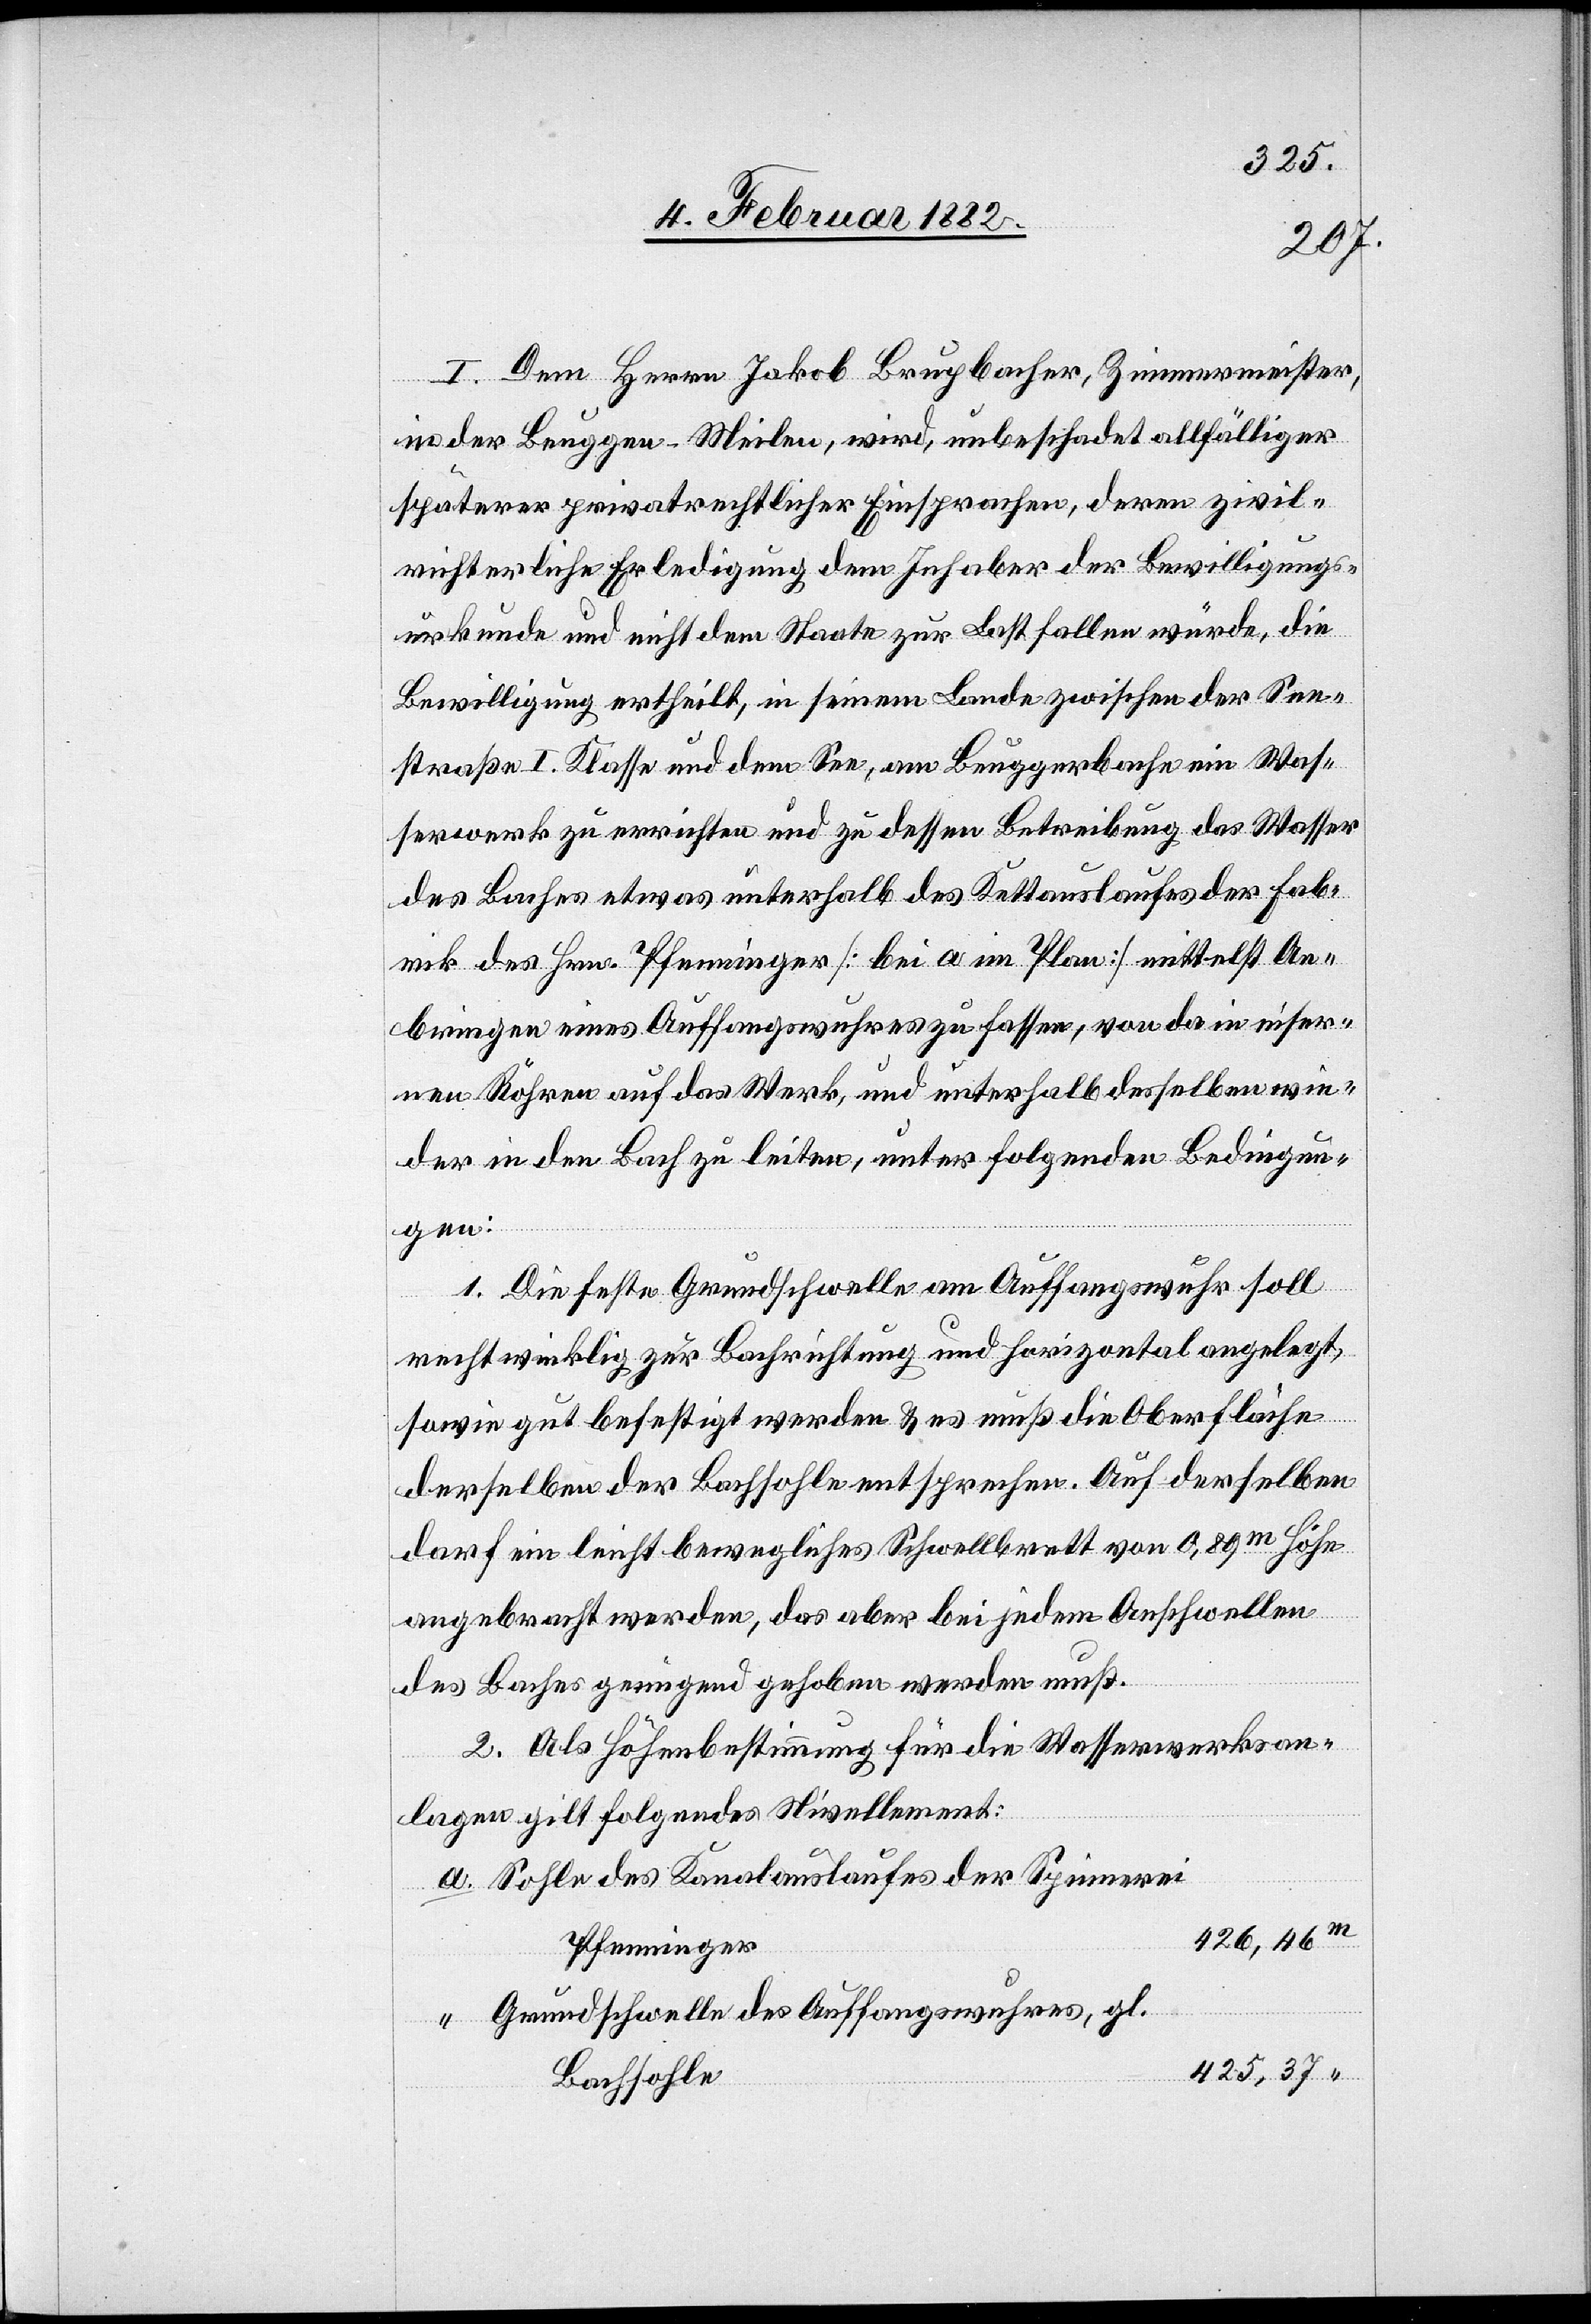
I. Dem Herrn Jakob Brupbacher, Zimmermeister,
in der Breuggen - Meilen, wird, unbeschadet allfälliger
späterer privatrechtlicher Einsprachen, deren zivil¬
rechtliche Erledigung dem Inhaber der Bewilligungs¬
urkunde und nicht dem Staate zur Last fallen würde, die
Bewilligung ertheilt, in seinem Lande zwischen der See¬
straße I. Klasse und dem See, am Beuggerbache ein Was¬
serwerk zu errichten und zu dessen Betreibung das Wasser
des Laufes etwas unterhalb des Kettauslaufes der Fab¬
rik des Hrn. Pfenninger [bei a im Plan] mittelst An¬
bringen eines Auffangswuhres zu fassen, von da in eiser¬
nen Röhren auf das Werk, und unterhalb desselben wie¬
der in den Bach zu leiten, unter folgenden Bedingun¬
gen:
1. Die feste Grundschwelle am Auffangswuhr soll
rechtwinklig zur Bachrichtung und horizontal angelegt,
sowie gut befestigt werden & es muß die Oberfläche
derselben der Bachsohle entsprechen. Auf derselben
darf ein leicht bewegliches Schwellbrett vom 0,89m Höhe
angebracht werden, das aber bei jedem Anschwellen
des Baches genügend gehoben werden muß.
2. Als Höhenbestimmung für die Wasserwerksan¬
lage gilt folgendes Nivellement:
a. Sohle des Kanalauslaufes der Spinnerei
426,46m
Pfenninger
“ Grundschwellen des Auffangswuhres, gl.
425,37“
Bachsohle